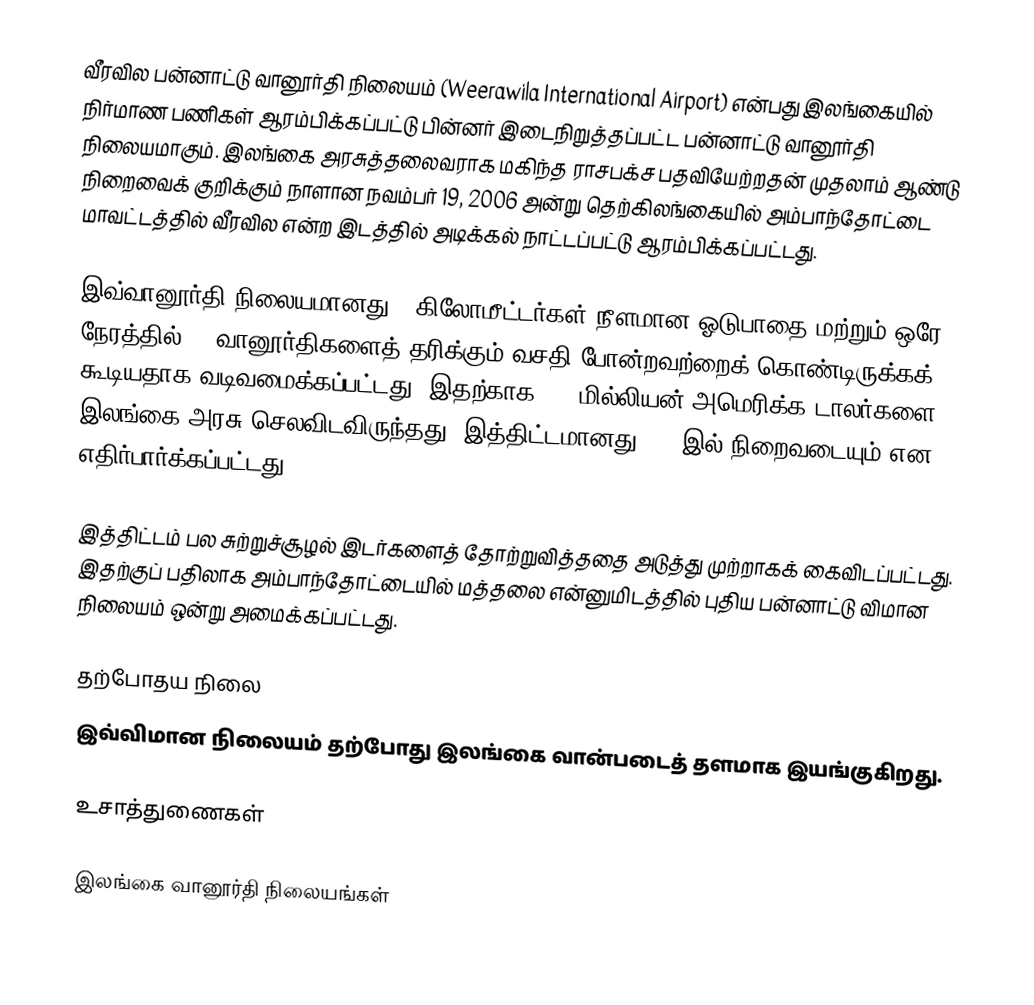
வீரவில பன்னாட்டு வானூர்தி நிலையம் (Weerawila International Airport) என்பது இலங்கையில் நிர்மாண பணிகள் ஆரம்பிக்கப்பட்டு பின்னர் இடைநிறுத்தப்பட்ட பன்னாட்டு வானூர்தி நிலையமாகும். இலங்கை அரசுத்தலைவராக மகிந்த ராசபக்ச பதவியேற்றதன் முதலாம் ஆண்டு நிறைவைக் குறிக்கும் நாளான நவம்பர் 19, 2006 அன்று தெற்கிலங்கையில் அம்பாந்தோட்டை மாவட்டத்தில் வீரவில என்ற இடத்தில் அடிக்கல் நாட்டப்பட்டு ஆரம்பிக்கப்பட்டது.

இவ்வானூர்தி நிலையமானது 4 கிலோமீட்டர்கள் நீளமான ஓடுபாதை மற்றும் ஒரே நேரத்தில் 14 வானூர்திகளைத் தரிக்கும் வசதி போன்றவற்றைக் கொண்டிருக்கக் கூடியதாக வடிவமைக்கப்பட்டது. இதற்காக 125 மில்லியன் அமெரிக்க டாலர்களை இலங்கை அரசு செலவிடவிருந்தது. இத்திட்டமானது 2009இல் நிறைவடையும் என எதிர்பார்க்கப்பட்டது.

இத்திட்டம் பல சுற்றுச்சூழல் இடர்களைத் தோற்றுவித்ததை அடுத்து முற்றாகக் கைவிடப்பட்டது. இதற்குப் பதிலாக அம்பாந்தோட்டையில் மத்தலை என்னுமிடத்தில் புதிய பன்னாட்டு விமான நிலையம் ஒன்று அமைக்கப்பட்டது.

தற்போதய  நிலை
இவ்விமான நிலையம் தற்போது இலங்கை வான்படைத் தளமாக இயங்குகிறது.

உசாத்துணைகள்

இலங்கை வானூர்தி நிலையங்கள்